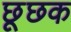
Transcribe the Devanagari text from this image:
छूछक